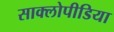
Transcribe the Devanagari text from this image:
साक्लोपीडिया